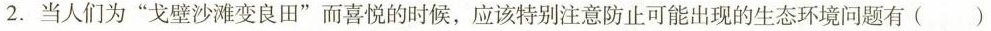
2. 当人们为”戈壁沙滩变良田”而喜悦的时候，应该特别注意防止可能出现的生态环境问题有()